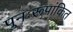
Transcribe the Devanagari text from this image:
पुनःरूपांकित